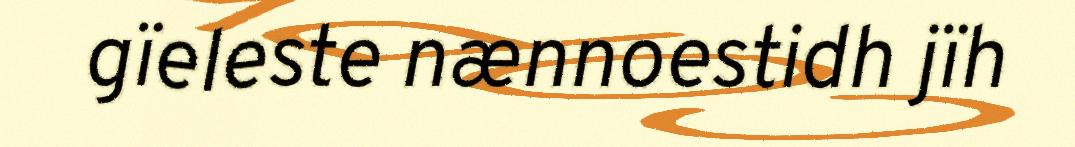
gïeleste nænnoestidh jïh